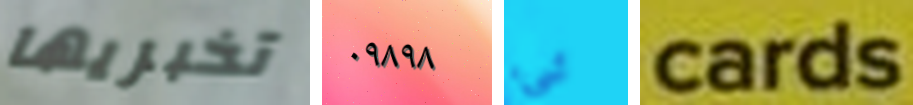
تخبريها ٠٩٨٩٨ شيء cards